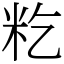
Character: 籺